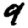
Digit: 9